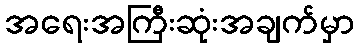
အရေးအကြီးဆုံးအချက်မှာ